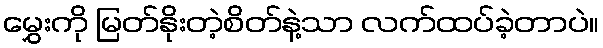
မွှေးကို မြတ်နိုးတဲ့စိတ်နဲ့သာ လက်ထပ်ခဲ့တာပဲ။